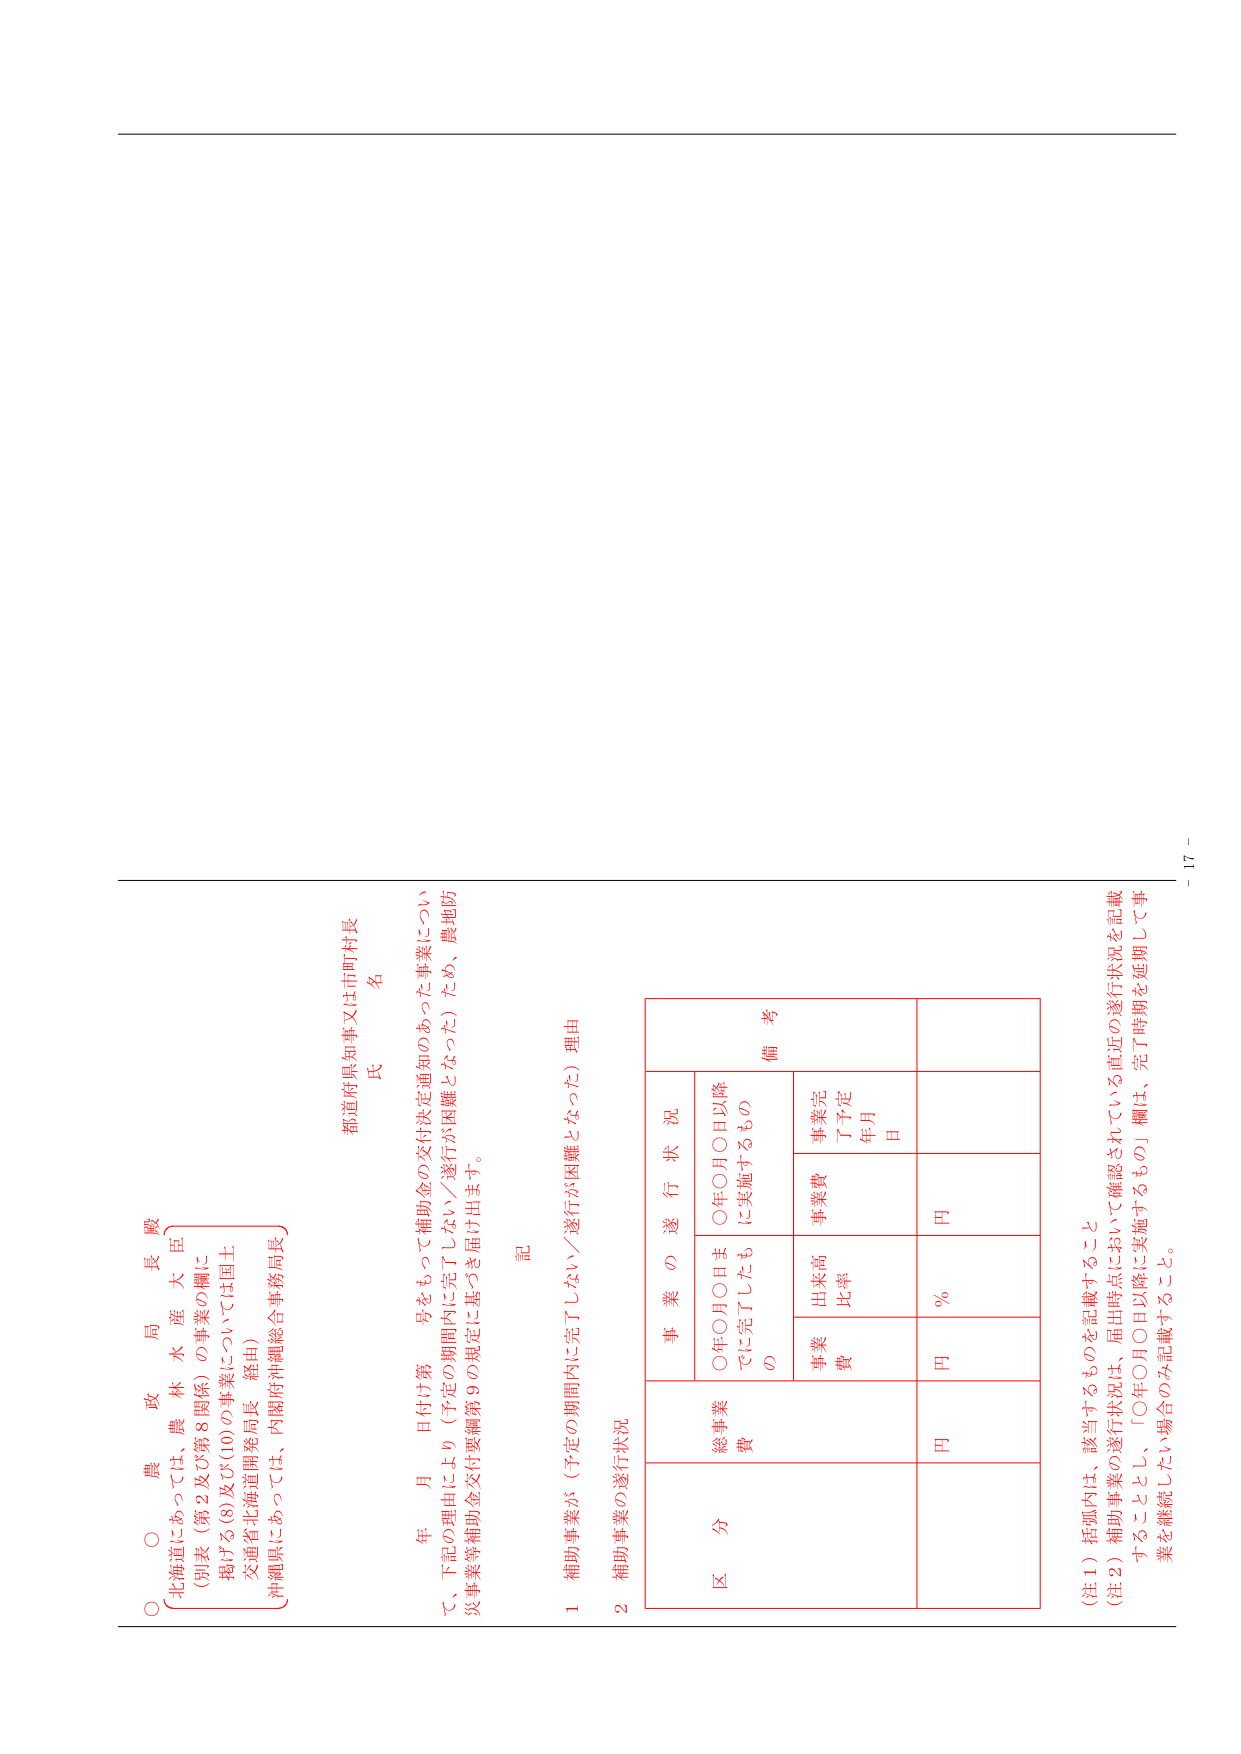
○ 農 政 局 長 殿
○ 北海道にあっては、農林水産大臣
（別表（第2及び第8関係）の事業の欄に
掲げる(8)及び(10)の事業については国土
交通省北海道開発局長 経由）
沖縄県にあっては、内閣府沖縄総合事務局長

都道府県知事又は市町村長
名
氏

年 月 日付け第 号をもって補助金の交付決定通知のあった事業につい
て、下記の理由により（予定の期間内に完了しない／遂行が困難となった）ため、農地防
災事業等補助金交付要綱第9の規定に基づき届け出ます。

記

1 補助事業が（予定の期間内に完了しない／遂行が困難となった）理由

2 補助事業の遂行状況

区 分
総事業費
事業の遂行状況
備考
○年○月○日までに完了したもの
○年○月○日以降に実施するもの
事業費
出来高比率
事業費
事業完了予定年月日
円
%
円
円

（注1）括弧内は、該当するものを記載すること
（注2）補助事業の遂行状況は、届出時点において確認されている直近の遂行状況を記載
することとし、「○年○月○日以降に実施するもの」欄は、完了時期を延期して事
業を継続したい場合のみ記載すること。

－ 17 －